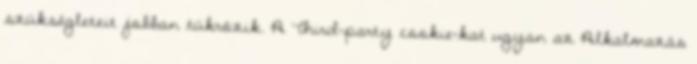
szükségleteit jobban tükrözik. A Third-party cookie-kat ugyan az Alkalmazás